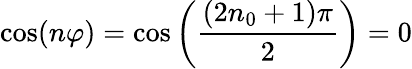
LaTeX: \cos(n\varphi)=\cos\left(\frac{(2n_{0}+1)\pi}{2}\right)=0